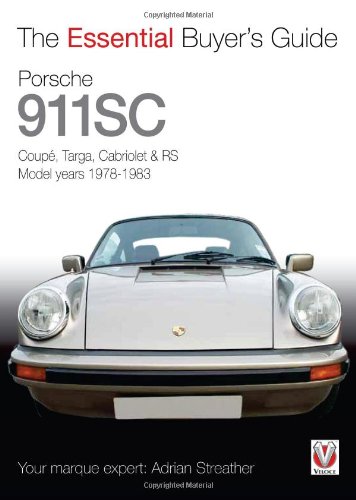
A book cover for Porsche 911 SC: CoupT, Targa, Cabriolet & RS Model years 1978-1983 (The Essential Buyer's Guide); Adrian Streather; Engineering & Transportation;